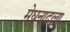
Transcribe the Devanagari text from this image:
मेघनादला